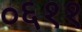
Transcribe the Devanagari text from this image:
०६११